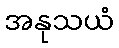
အနုသယံ